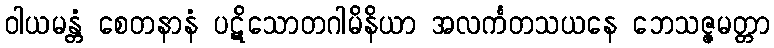
ဝါယမန္တံ စေတနာနံ ပဋိသောတဂါမိနိယာ အလင်္ကတသယနေ ဘေသဇ္ဇမတ္တာ